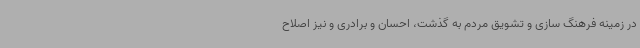
در زمینه فرهنگ سازی و تشویق مردم به گذشت، احسان و برادری و نیز اصلاح